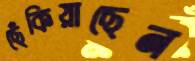
ছেঁকিয়াছেন